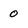
Character: 0